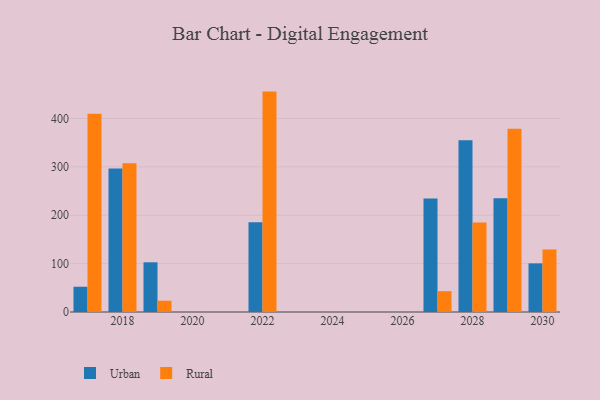
{"axis": {"x": "Year", "y": "Tickets Resolved"}, "legend": ["Rural", "Urban"], "data": [{"x": "2017", "y": 52.2, "type": "Urban"}, {"x": "2017", "y": 409.7, "type": "Rural"}, {"x": "2030", "y": 100.5, "type": "Urban"}, {"x": "2030", "y": 129.3, "type": "Rural"}, {"x": "2029", "y": 235.1, "type": "Urban"}, {"x": "2029", "y": 378.7, "type": "Rural"}, {"x": "2028", "y": 355.2, "type": "Urban"}, {"x": "2028", "y": 185.1, "type": "Rural"}, {"x": "2027", "y": 234.7, "type": "Urban"}, {"x": "2027", "y": 43.1, "type": "Rural"}, {"x": "2018", "y": 296.8, "type": "Urban"}, {"x": "2018", "y": 307.3, "type": "Rural"}, {"x": "2019", "y": 102.7, "type": "Urban"}, {"x": "2019", "y": 23.3, "type": "Rural"}, {"x": "2022", "y": 185.6, "type": "Urban"}, {"x": "2022", "y": 455.5, "type": "Rural"}]}